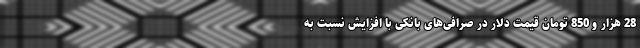
28 هزار و 850 تومان قیمت دلار در صرافی‌های بانکی با افزایش نسبت به